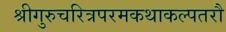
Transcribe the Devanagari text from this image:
श्रीगुरुचरित्रपरमकथाकल्पतरौ